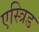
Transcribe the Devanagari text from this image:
एस्त्रिड